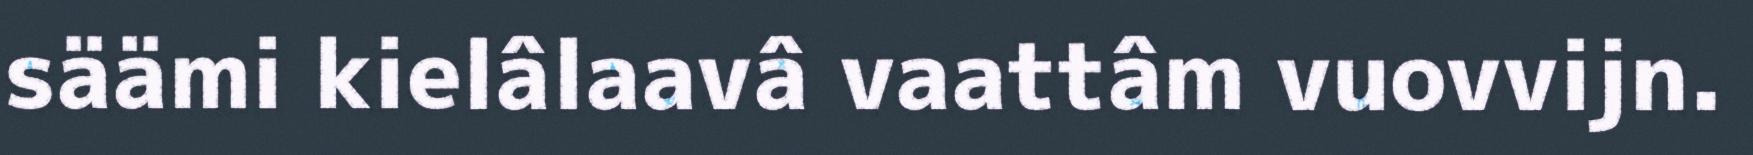
säämi kielâlaavâ vaattâm vuovvijn.